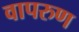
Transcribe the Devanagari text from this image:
वापरुण